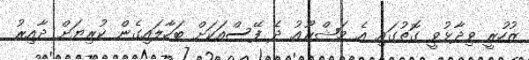
ޒުހުރީ ވިދާޅުވީ ގޮތުގައި އެ މަޝްރޫއު ދެ ފޭސްއަކަށް ބަހާލައިގެން ކުރިޔަށް ދާއިރު